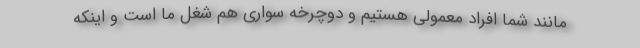
مانند شما افراد معمولی هستیم و دوچرخه سواری هم شغل ما است و اینکه